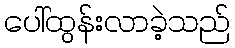
ပေါ်ထွန်းလာခဲ့သည်